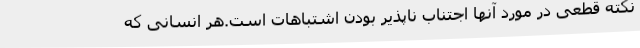
نکته قطعی در مورد آنها اجتناب ناپذیر بودن اشتباهات است.هر انسانی که